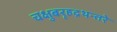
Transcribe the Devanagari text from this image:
चक्षुबरृहद्रथन्तरे